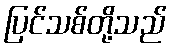
ပြင်သစ်တို့သည်